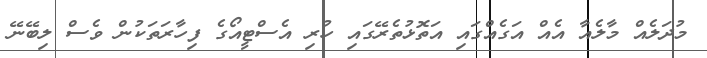
މުދަލެއް މާލެއާ އެއް އަގެއްގައި އަތޮޅުތެރޭގައި ހުރި އެސްޓީއޯގެ ފިހާރަތަކުން ވެސް ލިބޭނޭ